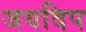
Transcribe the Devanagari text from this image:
जयदिप